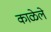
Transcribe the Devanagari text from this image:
काळेले